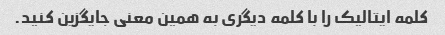
کلمه ایتالیک را با کلمه دیگری به همین معنی جایگزین کنید.